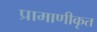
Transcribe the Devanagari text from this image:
प्रामाणीकृत